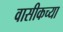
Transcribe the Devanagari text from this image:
वासीकच्या